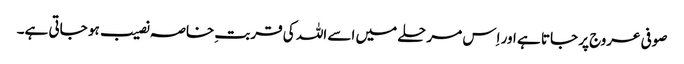
صوفی عروج پر جاتا ہے اور اِس مرحلے میں اسے اللہ کی قربتِ خاصہ نصیب ہو جاتی ہے۔